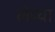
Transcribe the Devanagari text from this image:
लेप्‍चा